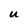
Character: u